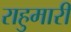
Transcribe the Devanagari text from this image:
राहुमारी